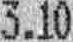
3.10